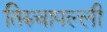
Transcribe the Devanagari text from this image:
तिरुचापल्ली